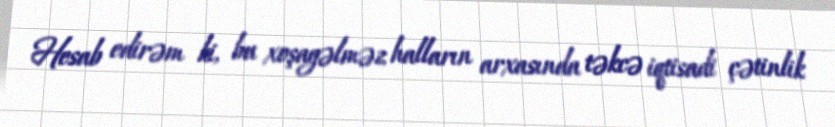
Hesab edirəm ki, bu xoşagəlməz halların arxasında təkcə iqtisadi çətinlik